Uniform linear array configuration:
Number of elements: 4
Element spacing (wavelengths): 0.5
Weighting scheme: hann
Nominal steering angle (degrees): -15
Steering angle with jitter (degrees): -14.939
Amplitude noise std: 0.05
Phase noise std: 0.05

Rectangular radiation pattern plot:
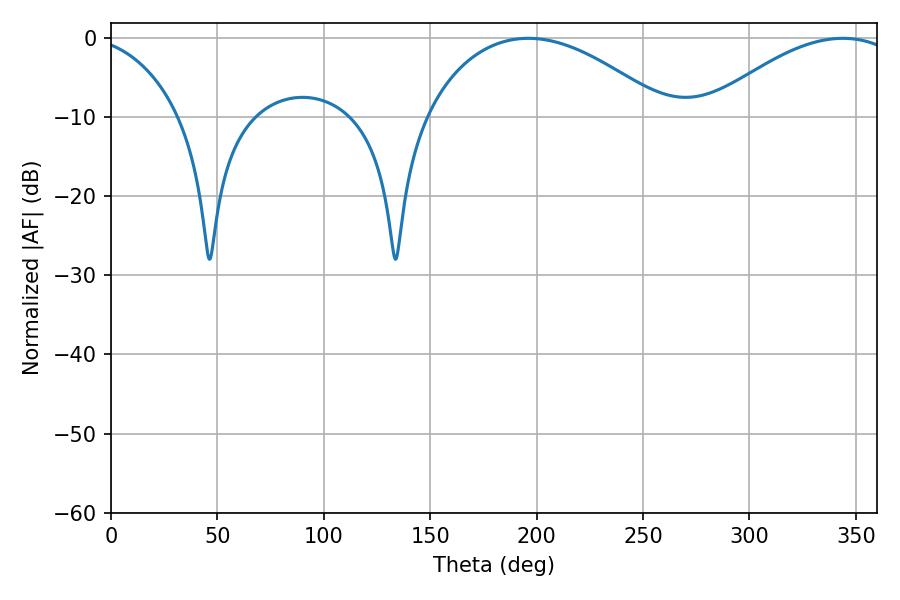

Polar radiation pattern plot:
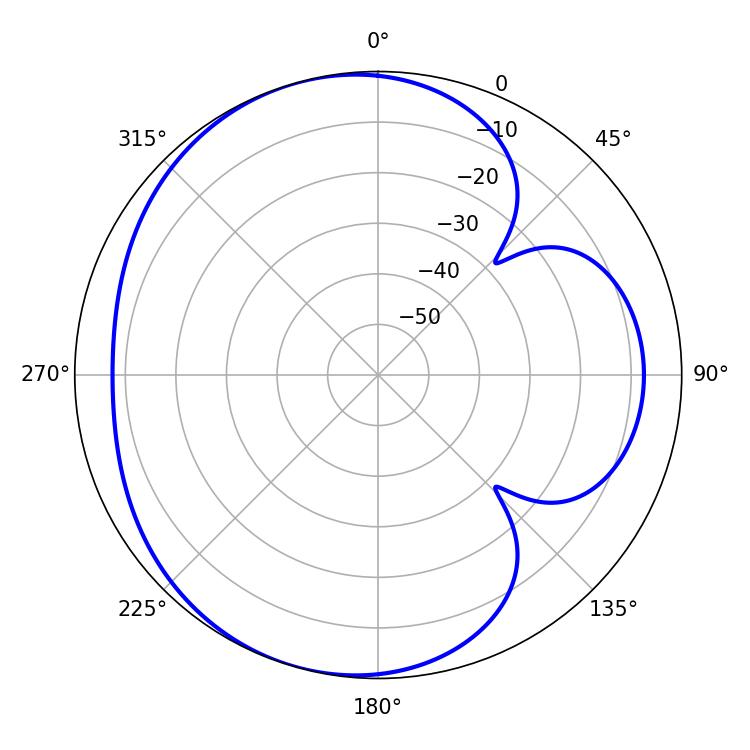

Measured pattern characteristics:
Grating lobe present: FALSE
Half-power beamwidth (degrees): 63.72
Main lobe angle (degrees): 196.02